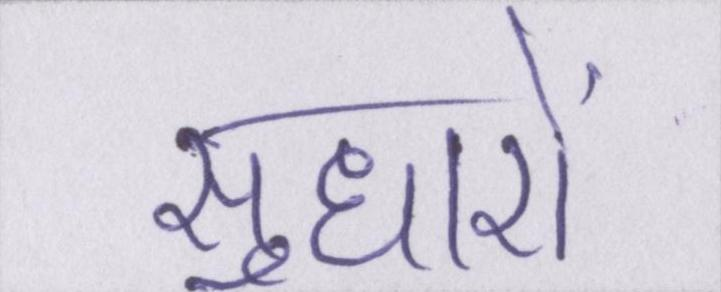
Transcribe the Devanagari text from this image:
सुधारों